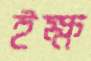
ইক্ষ